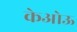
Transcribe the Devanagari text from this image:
केओऊ